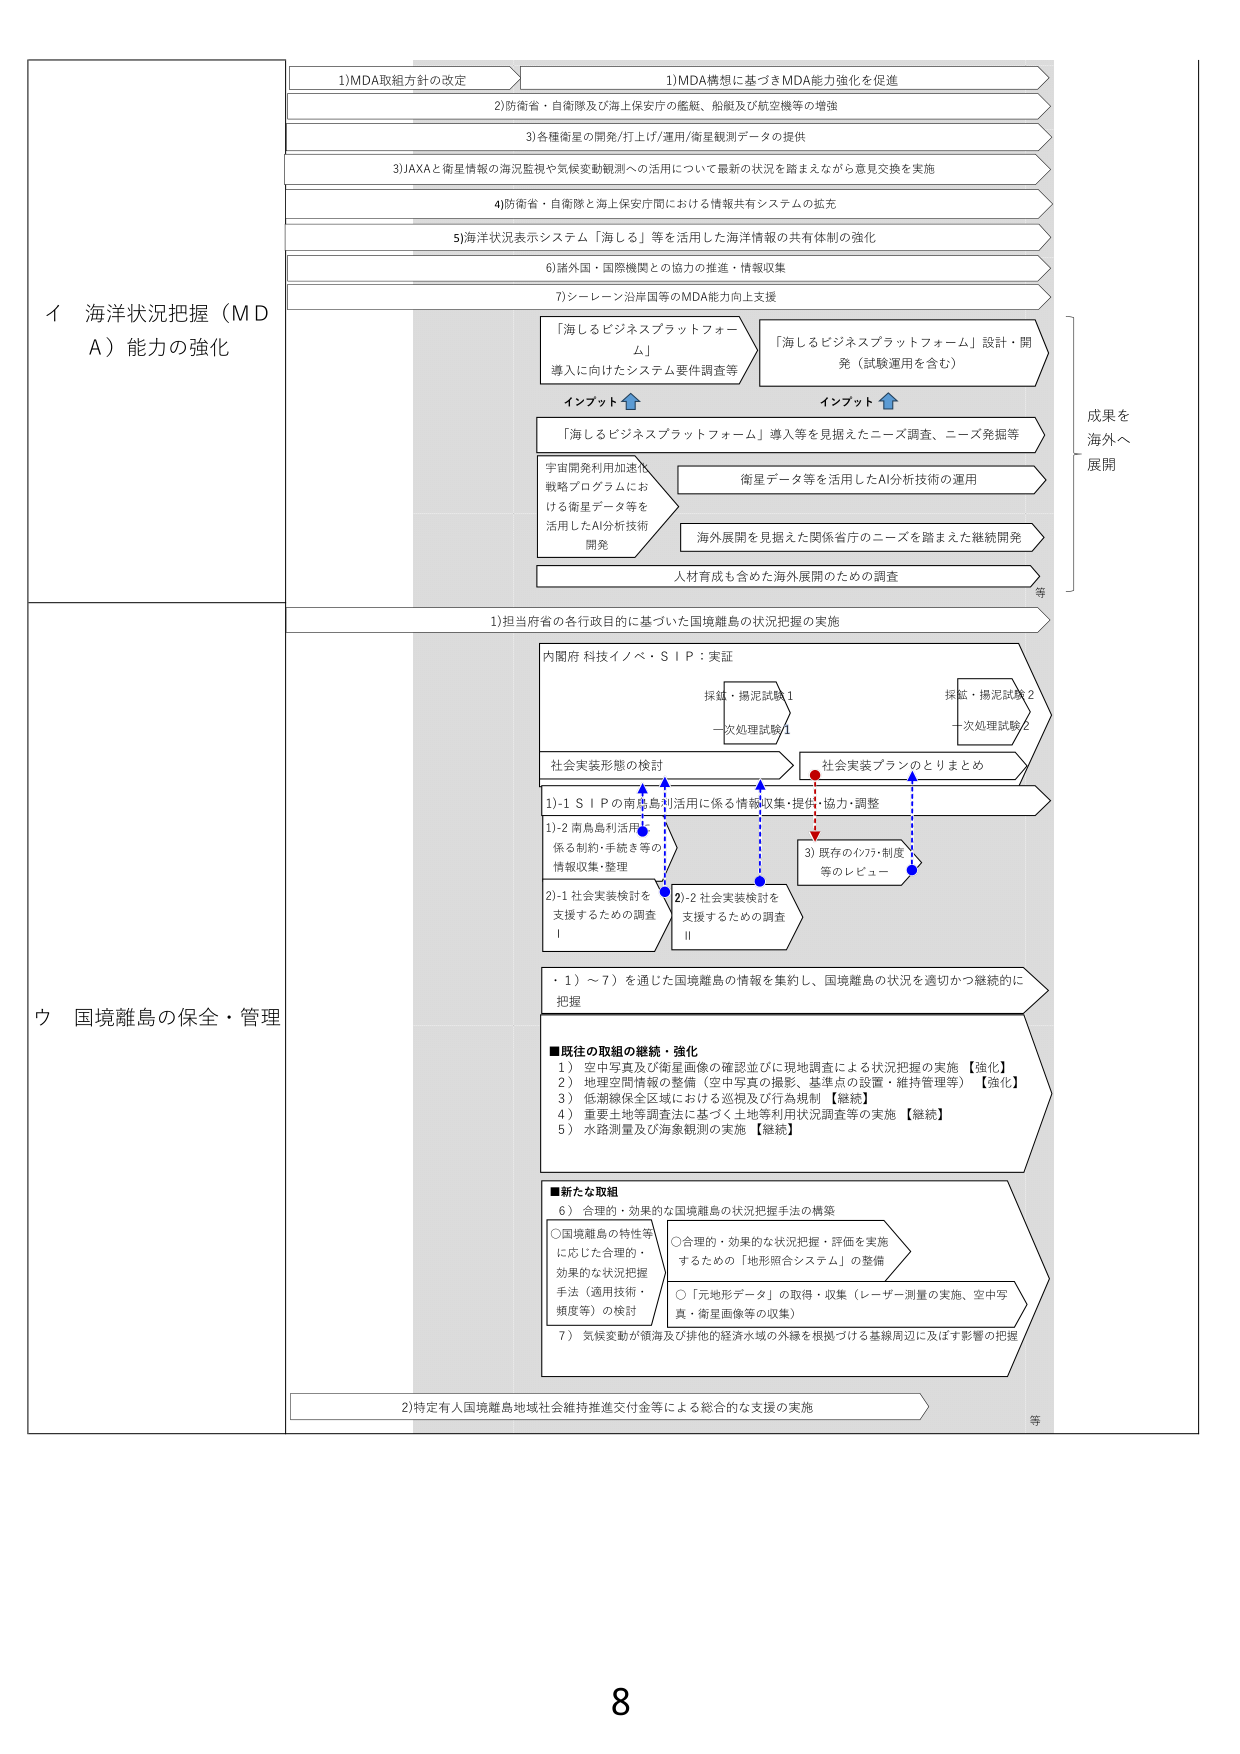
イ 海洋状況把握（MDA）能力の強化
1)MDA取組方針の改定
1)MDA構想に基づきMDA能力強化を促進
2)防衛省・自衛隊及び海上保安庁の艦艇、船舶及び航空機等の増強
3)各種衛星の開発/打上げ/運用/衛星観測データの提供
3)JAXAと衛星情報の海況監視や気候変動観測への活用について最新の状況を踏まえながら意見交換を実施
4)防衛省・自衛隊と海上保安庁間における情報共有システムの拡充
5)海洋状況表示システム「海しる」等を活用した海洋情報の共有体制の強化
6)諸外国・国際機関との協力の推進・情報収集
7)シーレーン沿岸国等のMDA能力向上支援
「海しるビジネスプラットフォーム」導入に向けたシステム要件調査等
「海しるビジネスプラットフォーム」設計・開発（試験運用を含む）
インプット↑
インプット↑
「海しるビジネスプラットフォーム」導入等を見据えたニーズ調査、ニーズ発掘等
宇宙開発利用加速化戦略プログラムにおける衛星データ等を活用したAI分析技術開発
衛星データ等を活用したAI分析技術の運用
海外展開を見据えた関係省庁のニーズを踏まえた継続開発
人材育成も含めた海外展開のための調査
等
成果を海外へ展開

ウ 国境離島の保全・管理
1)担当府省の各行政目的に基づいた国境離島の状況把握の実施
内閣府 科技イノベ・ＳＩＰ：実証
探鉱・掃泥試験1
一次処理試験1
探鉱・掃泥試験2
一次処理試験2
社会実装形態の検討
社会実装プランのとりまとめ
1)-1 ＳＩＰの南鳥島利用に係る情報収集・提供・協力・調整
1)-2 南鳥島利用に係る制約・手続き等の情報収集・整理
2)-1 社会実装検討を支援するための調査Ⅰ
2)-2 社会実装検討を支援するための調査Ⅱ
3) 既存のｲﾝﾌﾗ・制度等のレビュー
・1）～7）を通じた国境離島の情報を集約し、国境離島の状況を適切かつ継続的に把握
■既往の取組の継続・強化
1） 空中写真及び衛星画像の確認並びに現地調査による状況把握の実施【強化】
2） 地理空間情報の整備（空中写真の撮影、基準点の設置・維持管理等）【強化】
3） 低潮線保全区域における巡視及び行為規制【継続】
4） 重要土地等調査法に基づく土地等利用状況調査等の実施【継続】
5） 水路測量及び海象観測の実施【継続】
■新たな取組
6） 合理的・効果的な国境離島の状況把握手法の構築
○国境離島の特性等に応じた合理的・効果的な状況把握手法（適用技術・頻度等）の検討
○合理的・効果的な状況把握・評価を実施するための「地形照合システム」の整備
○「元地形データ」の取得・収集（レーザー測量の実施、空中写真・衛星画像等の収集）
7） 気候変動が領海及び排他的経済水域の外縁を根拠づける基線周辺に及ぼす影響の把握
2)特定有人国境離島地域社会維持推進交付金等による総合的な支援の実施
等
8